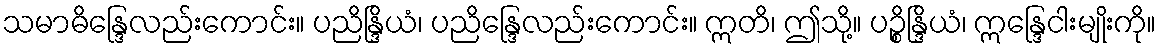
သမာဓိန္ဒြေလည်းကောင်း။ ပညိန္ဒြိယံ၊ ပညိန္ဒြေလည်းကောင်း။ ဣတိ၊ ဤသို့။ ပဉ္စိန္ဒြိယံ၊ ဣန္ဒြေငါးမျိုးကို။